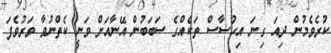
ކުރެވެމުން ދިއަ ގިނަ އިޙުސާސް ތަކެއްގެ ސަބަބުން އޭނާއަށް ވަނީ ކެތްނުވާ ވަރުވެފަ